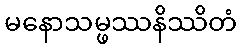
မနောသမ္ဖဿနိဿိတံ